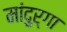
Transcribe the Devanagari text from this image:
मांदुर्गा